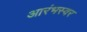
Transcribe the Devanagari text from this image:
आरंभस्वर